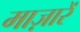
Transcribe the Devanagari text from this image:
माज़ारें